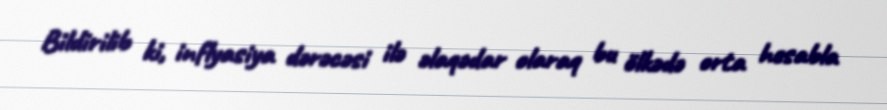
Bildirilib ki, inflyasiya dərəcəsi ilə əlaqədar olaraq bu ölkədə orta hesabla